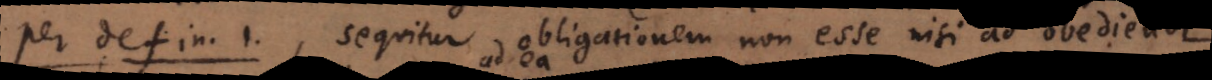
per defin. 1. sequitur obligationem non esse nisi ad obediendi